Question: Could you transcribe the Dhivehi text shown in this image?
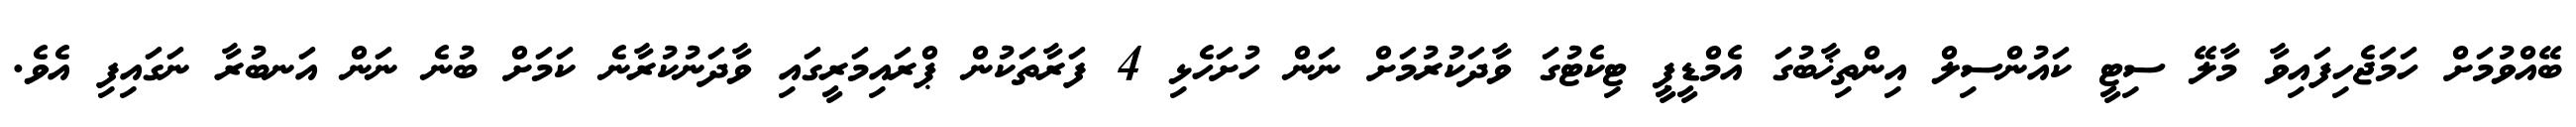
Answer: ބޭއްވުމަށް ހަމަޖެހިފައިވާ މާލޭ ސިޓީ ކައުންސިލް އިންތިޚާބުގަ އެމްޑީޕީ ޓިކެޓުގަ ވާދަކުރުމަށް ނަން ހުށަހެޅި 4 ފަރާތަކުން ޕްރައިމަރީގައި ވާދަނުކުރާނެ ކަމަށް ބުނެ ނަން އަނބުރާ ނަގައިފި އެވެ.